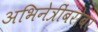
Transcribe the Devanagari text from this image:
अभिनेत्रींबरोबर